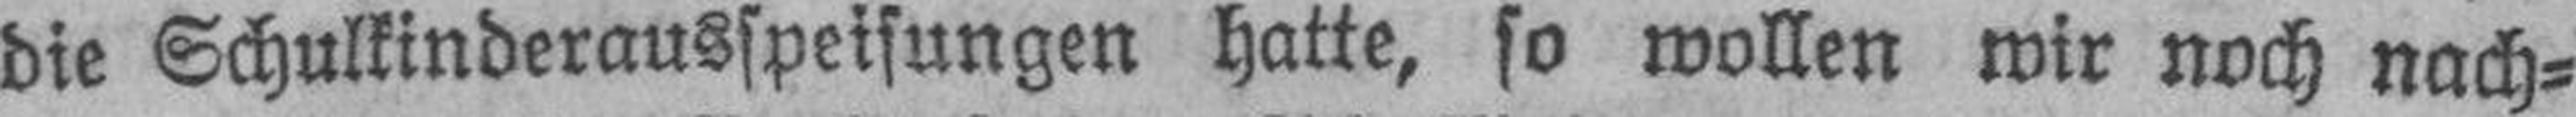
die Schulkinderausspeisungen hatte, so wollen wir noch nach¬